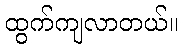
ထွက်ကျလာတယ်။